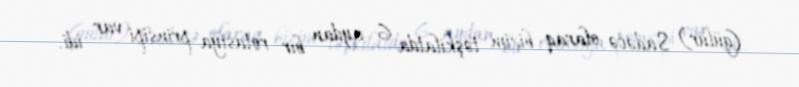
(gülür) Sadəcə olaraq bizim təşkilatda 6 aydan bir rotasiya prinsipi var idi.